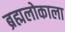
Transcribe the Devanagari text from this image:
ब्रह्मलोकाला